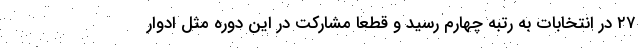
۲۷ در انتخابات به رتبه چهارم رسید و قطعا مشارکت در این دوره مثل ادوار